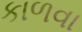
કાળવા